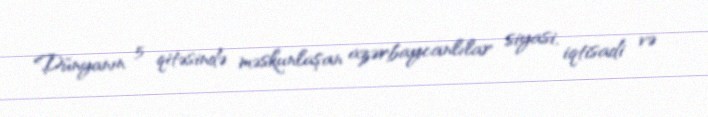
Dünyanın 5 qitəsində məskunlaşan azərbaycanlılar siyasi, iqtisadi və